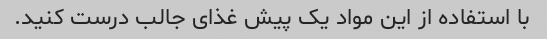
با استفاده از این مواد یک پیش غذای جالب درست کنید.